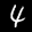
Label: 4